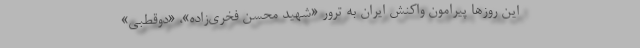
این روزها پیرامون واکنش ایران به ترور «شهید محسن فخری‌زاده»، «دوقطبی»